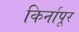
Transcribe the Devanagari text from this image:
किर्नापूर